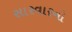
સારવારનો